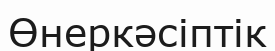
Өнеркәсіптік